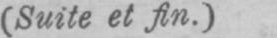
(Suite et fin.)